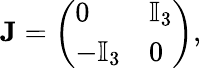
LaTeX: \mathbf{J}=\left(\begin{array}{ll}{0}&{\mathbb{I}_{3}}\\ {-\mathbb{I}_{3}}&{0}\end{array}\right),